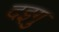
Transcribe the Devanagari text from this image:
दइगु